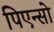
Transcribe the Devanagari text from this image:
पिएन्सो